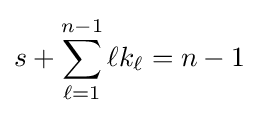
s+\sum _{\ell =1}^{n-1}\ell k_{\ell }=n-1